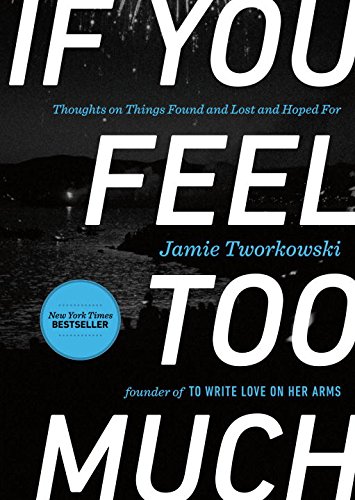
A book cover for If You Feel Too Much: Thoughts on Things Found and Lost and Hoped For; Jamie Tworkowski; Self-Help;